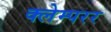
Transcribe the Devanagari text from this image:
क्लेम्परर